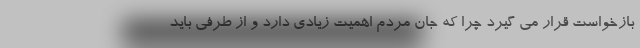
بازخواست قرار می گیرد چرا که جان مردم اهمیت زیادی دارد و از طرفی باید